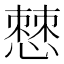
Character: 𭞧